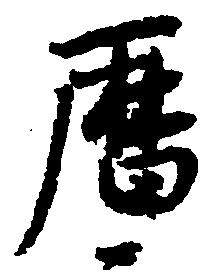
暦